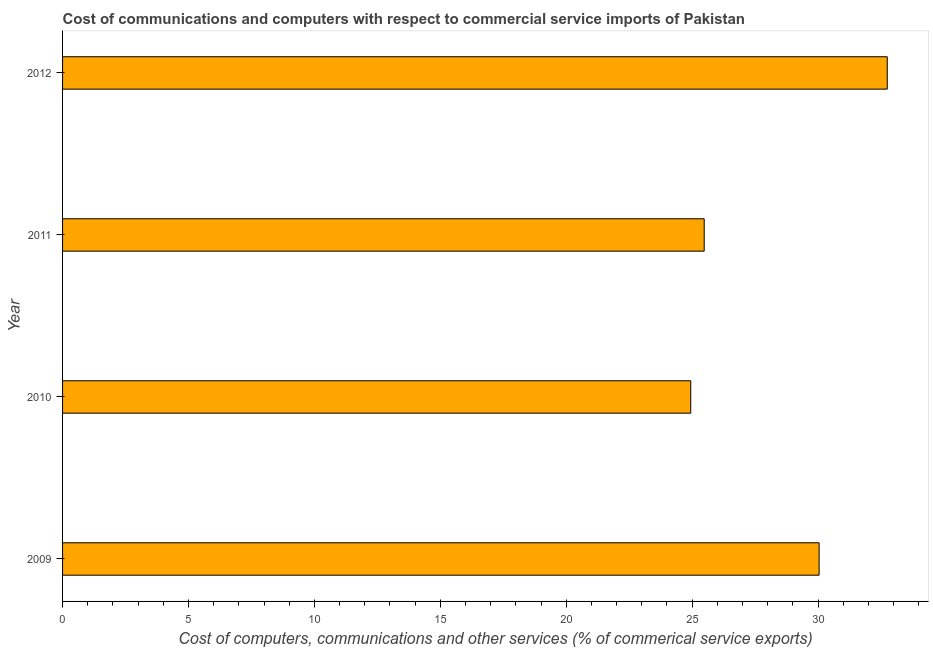
| Year | Computer |
 | --- | --- |
 | 2009 | 30 |
 | 2010 | 24.9 |
 | 2011 | 25.5 |
 | 2012 | 32.8 |